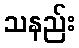
သနည်း